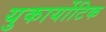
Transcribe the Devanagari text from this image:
युकार्योटिक